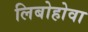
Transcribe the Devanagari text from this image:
लिबोहोवा